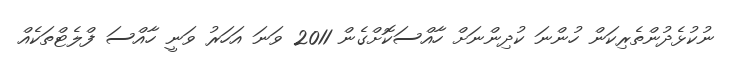
ނުކުޅެދުންތެރިކަން ހުންނަ ކުދިންނަށް ހާއްސަކޮށްގެން 2011 ވަނަ އަހަރު ވަނީ ހާއްސަ ފްލެޓްތަކެއް